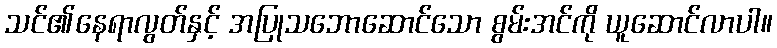
သင်၏နေရာလွတ်နှင့် အပြုသဘောဆောင်သော စွမ်းအင်ကို ယူဆောင်လာပါ။